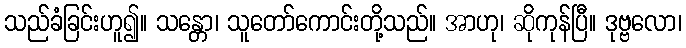
သည်ခံခြင်းဟူ၍။ သန္တော၊ သူတော်ကောင်းတို့သည်။ အာဟု၊ ဆိုကုန်ပြီ။ ဒုဗ္ဗလော၊